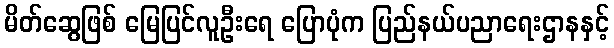
မိတ်ဆွေဖြစ် မြေပြင်လူဦးရေ ပြောပုံက ပြည်နယ်ပညာရေးဌာနနှင့်